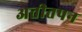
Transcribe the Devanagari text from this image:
अतीतपन